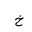
Letter: _kha